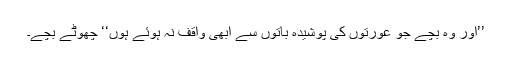
’’اور وہ بچے جو عورتوں کی پوشیدہ باتوں سے ابھی واقف نہ ہوئے ہوں‘‘ چھوٹے بچے۔